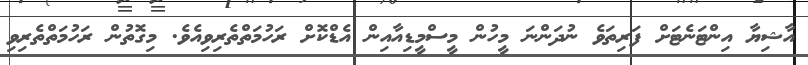
އާޝިޔާ އިންޓަނެޓަށް ފަރިތަވެ ނުދަންނަ މީހުން މީސްމީޑިއާއިން އެޑްކޮށް ރަހުމަތްތެރިވިއެވެ. މިގޮތުން ރަހުމަތްތެރިވި